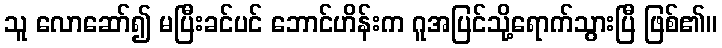
သူ လောဆော်၍ မပြီးခင်ပင် ဘောင်ဟိန်းက ဂူအပြင်သို့ရောက်သွားပြီ ဖြစ်၏။